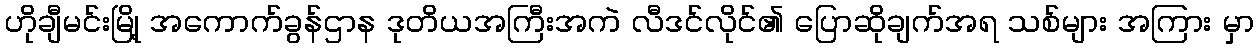
ဟိုချီမင်းမြို့ အကောက်ခွန်ဌာန ဒုတိယအကြီးအကဲ လီဒင်လိုင်၏ ပြောဆိုချက်အရ သစ်များ အကြား မှာ